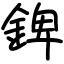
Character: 錍